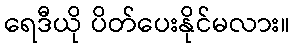
ရေဒီယို ပိတ်ပေးနိုင်မလား။